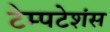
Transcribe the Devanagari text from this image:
टेम्पटेशंस